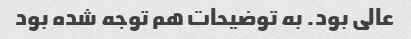
عالی بود. به توضیحات هم توجه شده بود